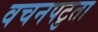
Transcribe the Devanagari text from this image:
वचनपटुता